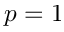
p = 1